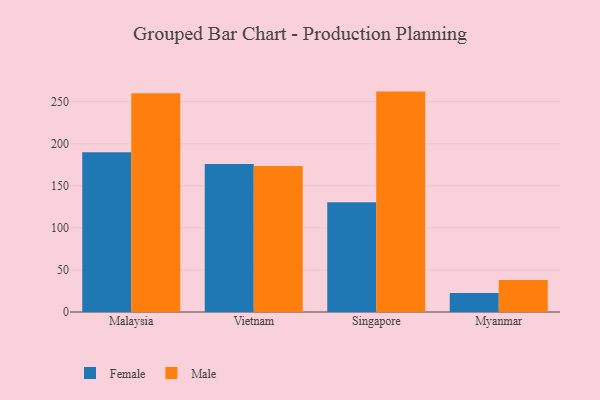
{"axis": {"x": "Country", "y": "Customer Acquisition Cost (USD)"}, "legend": ["Female", "Male"], "data": [{"x": "Malaysia", "y": 190.0, "type": "Female"}, {"x": "Malaysia", "y": 259.9, "type": "Male"}, {"x": "Vietnam", "y": 176.0, "type": "Female"}, {"x": "Vietnam", "y": 173.7, "type": "Male"}, {"x": "Singapore", "y": 130.4, "type": "Female"}, {"x": "Singapore", "y": 262.0, "type": "Male"}, {"x": "Myanmar", "y": 22.6, "type": "Female"}, {"x": "Myanmar", "y": 38.0, "type": "Male"}]}